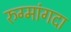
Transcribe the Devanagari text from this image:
रुग्मांगदा